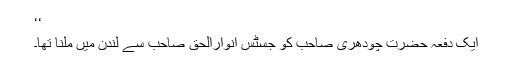
‘‘
ایک دفعہ حضرت چودھری صاحبؓ کو جسٹس انوارالحق صاحب سے لندن میں ملنا تھا۔